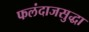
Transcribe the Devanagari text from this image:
फलंदाजसुद्धा